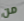
من